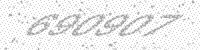
Solution: 690907